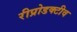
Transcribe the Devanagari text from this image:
रीप्रोडक्टीव